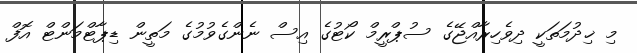
މި ޚިދުމަތަކީ ދިވެހިރާއްޖޭގެ ސުޕްރީމް ކޯޓުގެ އިސް ނެންގެވުމުގެ މަތީން ޑިޕާޓްމަންޓް އޮފް